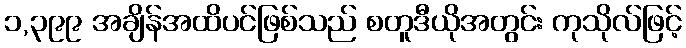
၁,၃၉၉ အချိန်အထိပင်ဖြစ်သည် စတူဒီယိုအတွင်း ကုသိုလ်ဖြင့်